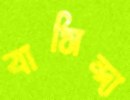
বাসিন্দা